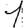
Digit: 1